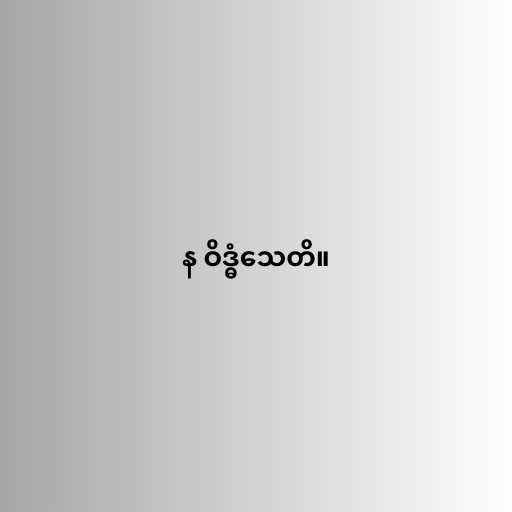
န ဝိဒ္ဓံသေတိ။